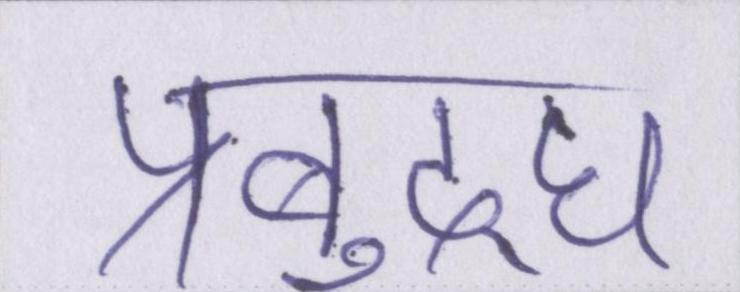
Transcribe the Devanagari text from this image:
प्रबुद्घ